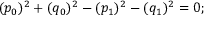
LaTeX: ( p _ { 0 } ) ^ { 2 } + ( q _ { 0 } ) ^ { 2 } - ( p _ { 1 } ) ^ { 2 } - ( q _ { 1 } ) ^ { 2 } = 0 ;